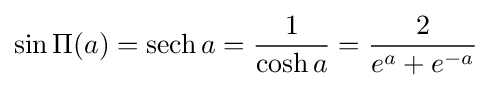
\sin \Pi (a)=\operatorname {sech} a={\frac {1}{\cosh a}}={\frac {2}{e^{a}+e^{-a}}}\